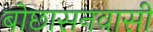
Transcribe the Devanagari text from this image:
बोछासनवासी